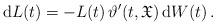
LaTeX: \begin{align*}\mathrm{d}L(t) = - L(t)\,\vartheta'(t,\mathfrak{X})\, \mathrm{d}W(t)\,.\end{align*}